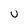
Character: U